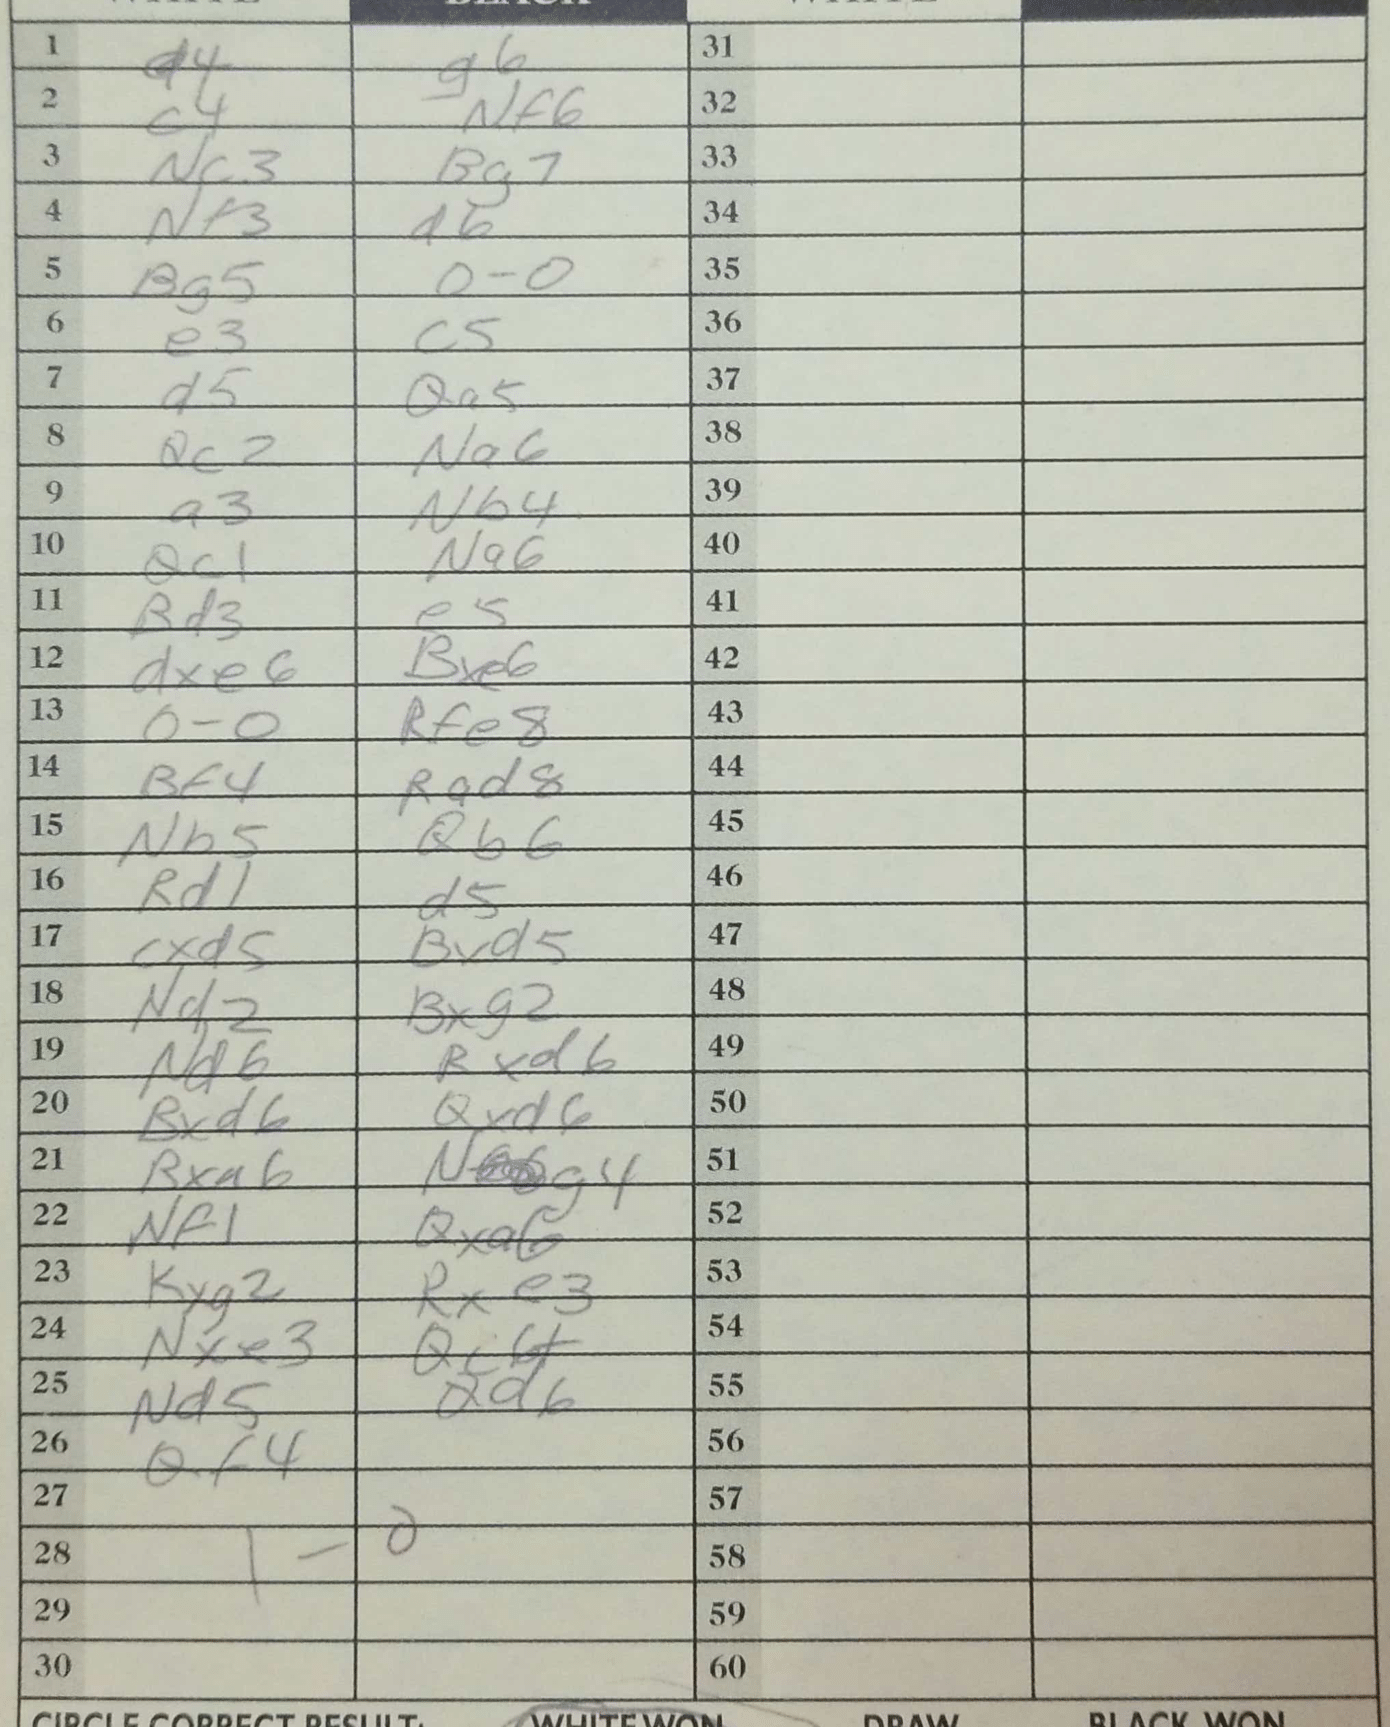
Moves: d4 g6 c4 Nf6 Nc3 Bg7 Nf3 d6 Bg5 O-O e3 c5 d5 Qa5 Qc2 Na6 a3 Nb4 Qc1 Na6 Bd3 e5 dxe6 Bxe6 O-O Rfe8 Bf4 Rad8 Nb5 Qb6 Rd1 d5 cxd5 Bxd5 Nd2 Bxg2 Nd6 Nxd6 Bxd6 Qxd6 Bxa6 Nf1 Qxa6 Kxg2 Rxe3 Nxe3 Qc6+ Nd5 Qd6 Qf4